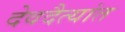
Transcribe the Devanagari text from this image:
देवदैत्यांत